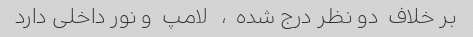
بر خلاف  دو نظر درج شده  ،   لامپ  و نور داخلی دارد